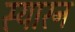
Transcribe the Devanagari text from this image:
स्यारन